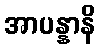
အာပန္နာနိ